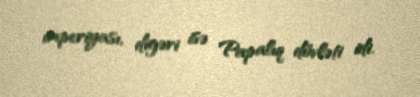
imperiyası, digəri isə Papalıq dövləti idi.